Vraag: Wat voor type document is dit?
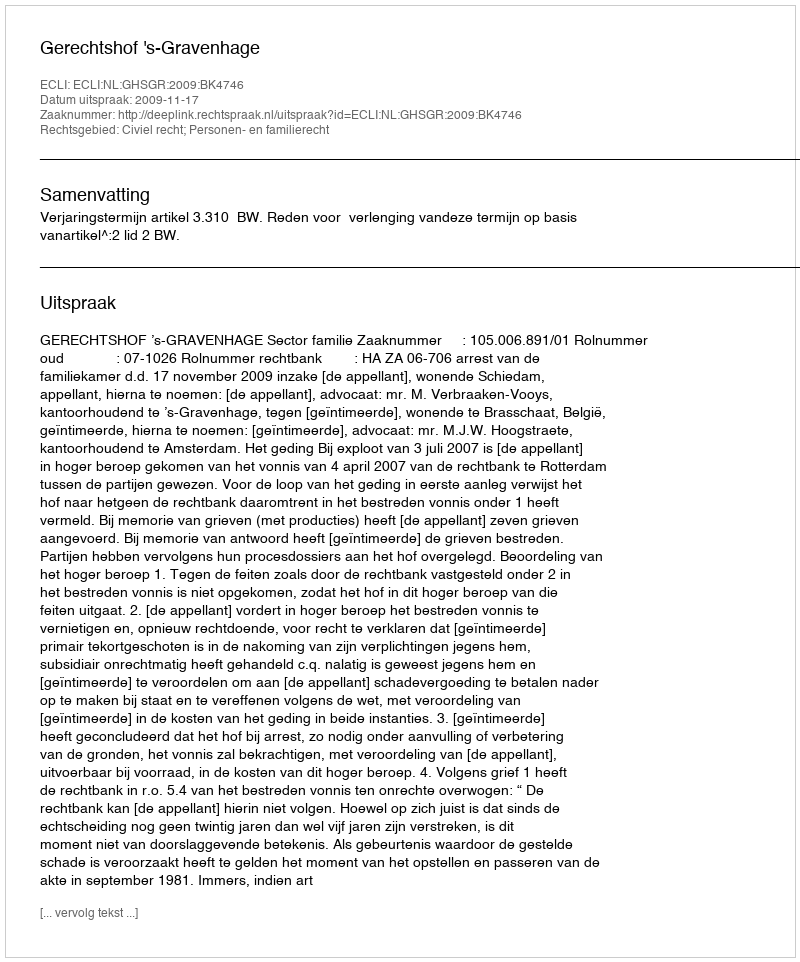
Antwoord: Uitspraak